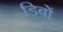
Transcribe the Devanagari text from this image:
डिबों